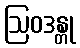
ဩဝဒန္တု